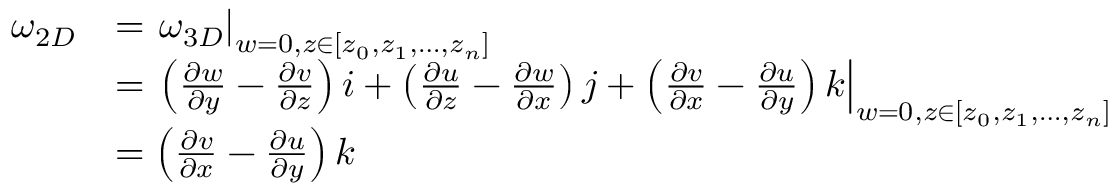
\begin{array} { r l } { \omega _ { 2 D } } & { = \left. \omega _ { 3 D } \right| _ { w = 0 , z \in \lbrack z _ { 0 } , z _ { 1 } , \ldots , z _ { n } \rbrack } } \\ & { = \left. { \left( { \frac { \partial w } { \partial y } - \frac { \partial v } { \partial z } } \right) i + \left( { \frac { \partial u } { \partial z } - \frac { \partial w } { \partial x } } \right) j + \left( { \frac { \partial v } { \partial x } - \frac { \partial u } { \partial y } } \right) k } \right| _ { w = 0 , z \in \lbrack z _ { 0 } , z _ { 1 } , \ldots , z _ { n } \rbrack } } \\ & { = \left( { \frac { \partial v } { \partial x } - \frac { \partial u } { \partial y } } \right) k } \end{array}